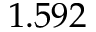
1 . 5 9 2